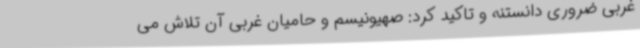
غربی ضروری دانستنه و تاکید کرد: صهیونیسم و حامیان غربی آن تلاش می